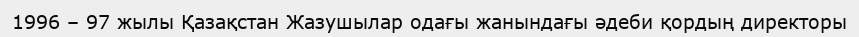
1996 – 97 жылы Қазақстан Жазушылар одағы жанындағы әдеби қордың директоры